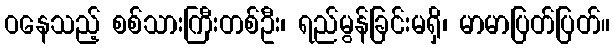
ဝနေသည့် စစ်သားကြီးတစ်ဦး၊ ရည်မွန်ခြင်းမရှိ၊ မာမာပြတ်ပြတ်။